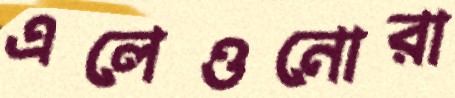
এলেওনোরা